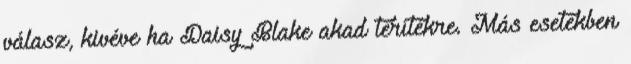
válasz, kivéve ha Daisy Blake akad terítékre. Más esetekben